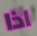
اذا